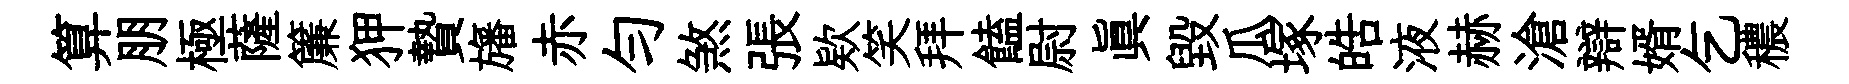
算朋極薩簾狎贄旛赤勻煞張欵笑拜饁尉眞毀瓜塚皓液赫滄辯婿乞穠